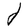
Character: d